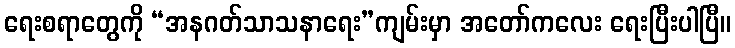
ရေးစရာတွေကို “အနဂတ်သာသနာရေး”ကျမ်းမှာ အတော်ကလေး ရေးပြီးပါပြီ။